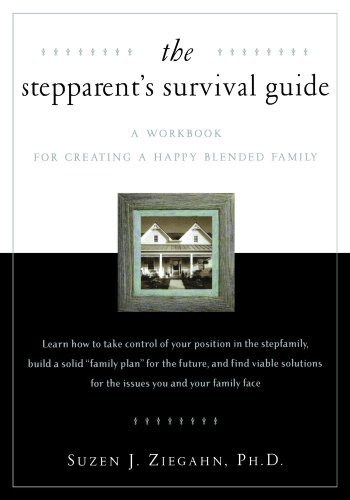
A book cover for The Stepparent's Survival Guide: A Workbook for Creating a Happy Blended Family; Dr. Susan J. Ziegahn; Parenting & Relationships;